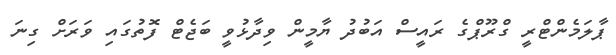
ޕާލަމެންޓްރީ ގްރޫޕްގެ ރައީސް އަބުދު ޔާމީން ވިދާޅުވީ ބަޖެޓް ފޮތުގައި ވަރަށް ގިނަ